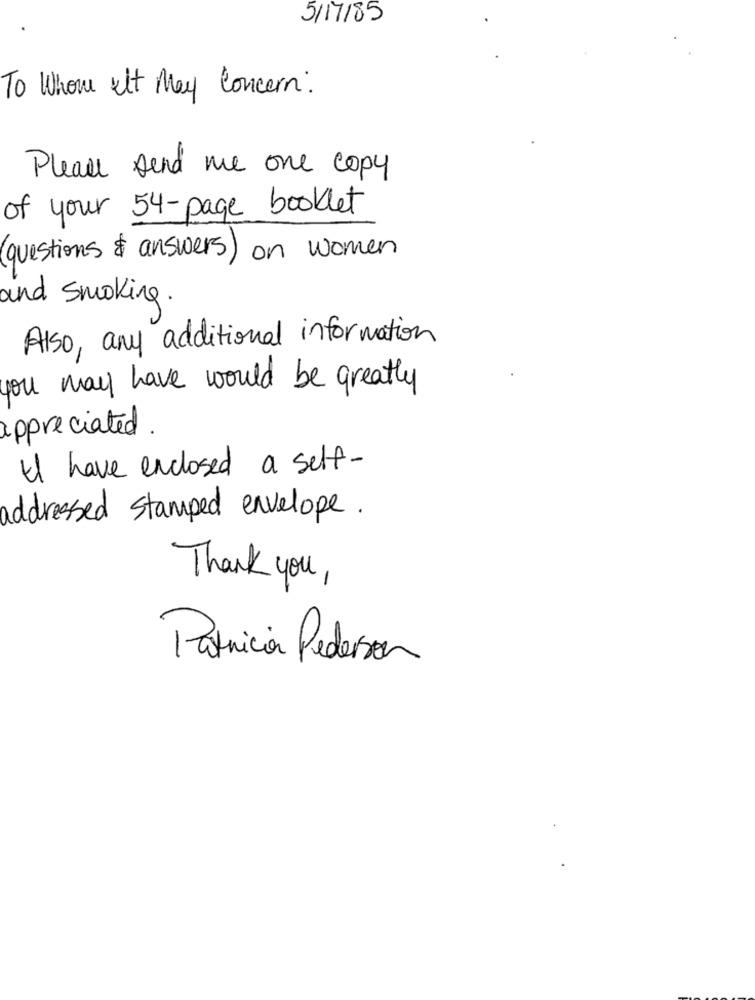
5/17/85
To Whom it May Concern.
Please send me one copy
of your 54-page booklet
questions & answers ) on women
and smoking .
Also, any additional information
you may have would be greatly
appreciated.
I have enclosed a self-
addressed stamped envelope .
Thank you,
Patricia Pedersen